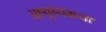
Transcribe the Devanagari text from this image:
आयुष्यकथा